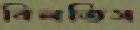
বিলতিস